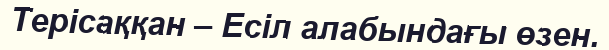
Терісаққан – Есіл алабындағы өзен.